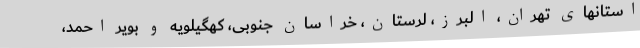
استانهای تهران، البرز، لرستان، خراسان جنوبی، کهگیلویه و بویر احمد،